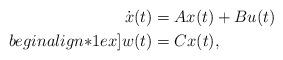
LaTeX: \begin{align*} \dot{x}(t) & = A x(t) + B u(t) \\begin{align*}1ex] w(t) & = C x(t), \end{align*}